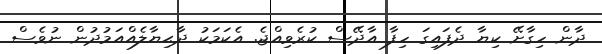
ދާން ހިގާށޭ ކިޔާ ދެފައިގަ ހިފާ އާދޭސް ކުރެވިއްޖެ. އެކަމަކު ދާޙިޔާލެއްއަމުދުން ނުވެސް